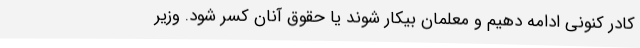
کادر کنونی ادامه دهیم و معلمان بیکار شوند یا حقوق آنان کسر شود. وزیر